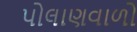
પોલાણવાળો